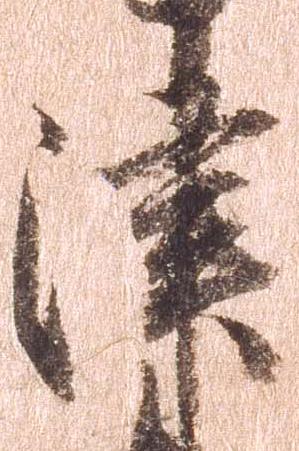
津